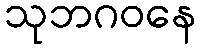
သုဘဂဝနေ